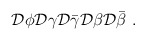
\begin{align*}{\cal D}\phi{\cal D}\gamma {\cal D}\bar{\gamma} {\cal D}\beta{\cal D}\bar{\beta} ~. \end{align*}